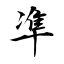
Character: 凖